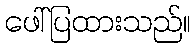
ဖေါ်ပြထားသည်။